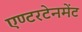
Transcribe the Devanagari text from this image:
एण्टरटेनमेंट